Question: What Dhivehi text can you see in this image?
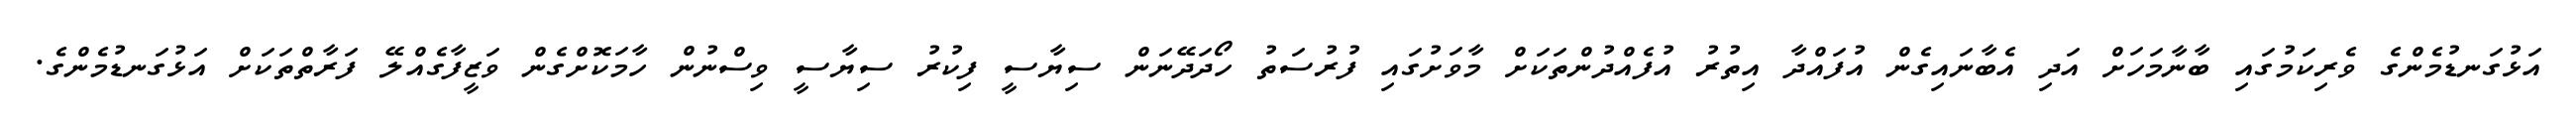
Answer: އަޅުގަނޑުމެންގެ ވެރިކަމުގައި ބާނާމަހަށް އަދި އެބާނައިގެން އުފައްދާ އިތުރު އުފެއްދުންތަކަށް މާވަށުގައި ފުރުސަތު ހޯދަދޭނަން ސިޔާސީ ފިކުރު ސިޔާސީ ވިސްނުން ހާމަކޮށްގެން ވަޒީފާގެއްލޭ ފަރާތްތަކަށް އަޅުގަނޑުމެންގެ.